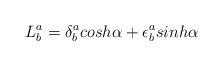
\begin{align*}L^a_b= \delta^a_b cosh \alpha + \epsilon^a_b sinh \alpha\end{align*}